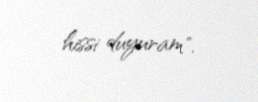
hissi duyuram".